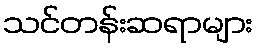
သင်တန်းဆရာများ